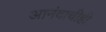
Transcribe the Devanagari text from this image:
आनंदाचीही